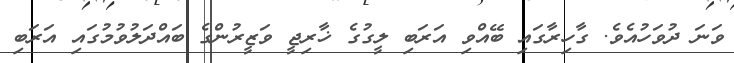
ވަނަ ދުވަހުއެވެ. ގާހިރާގައި ބޭއްވި އަރަބި ލީގުގެ ޚާރިޖީ ވަޒީރުންގެ ބައްދަލުވުމުގައި އަރަބި